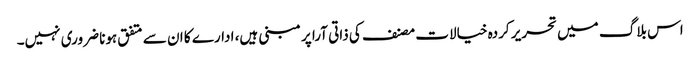
اس بلاگ میں تحریر کردہ خیالات مصنف کی ذاتی آرا پر مبنی ہیں، ادارے کا ان سے متفق ہونا ضروری نہیں۔